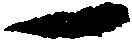
一